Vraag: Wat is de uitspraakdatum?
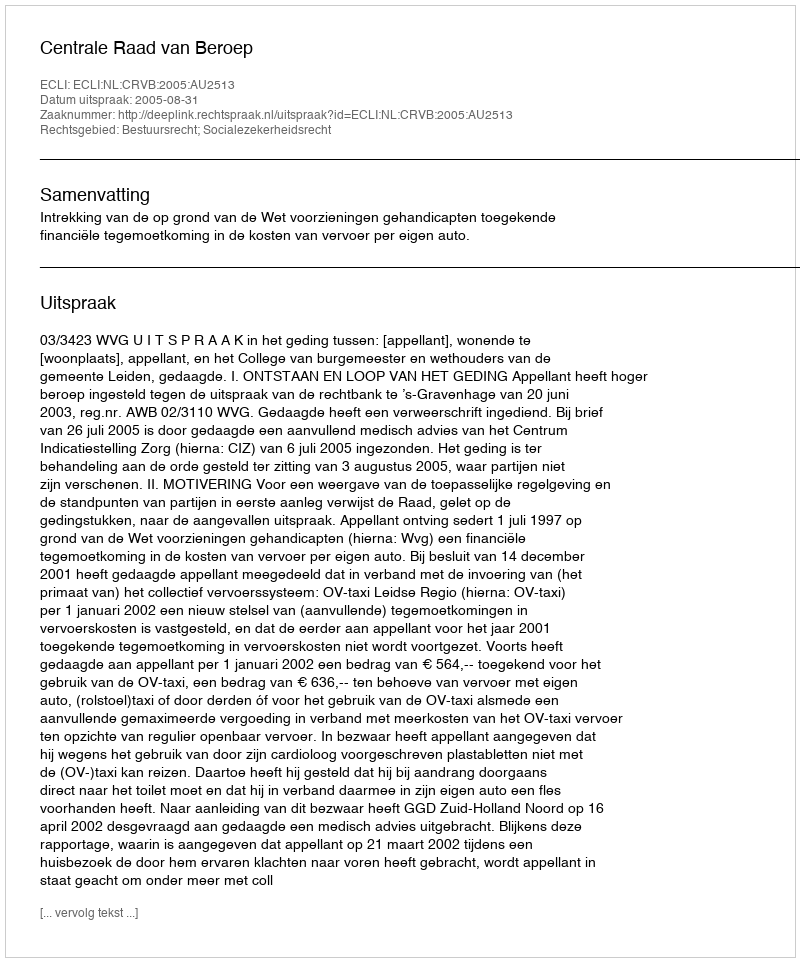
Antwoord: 2005-08-31